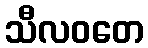
သီလဝတေ